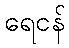
ရေငန်